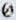
0